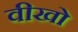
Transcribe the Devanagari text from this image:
वीखो